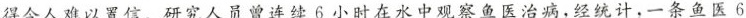
得令人难以置信。研究人员曾连续6小时在水中观察鱼医治病，经统计，一条鱼医6